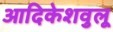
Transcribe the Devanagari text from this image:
आदिकेशवुलू